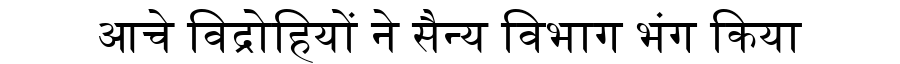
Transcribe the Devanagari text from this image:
आचे विद्रोहियों ने सैन्य विभाग भंग किया